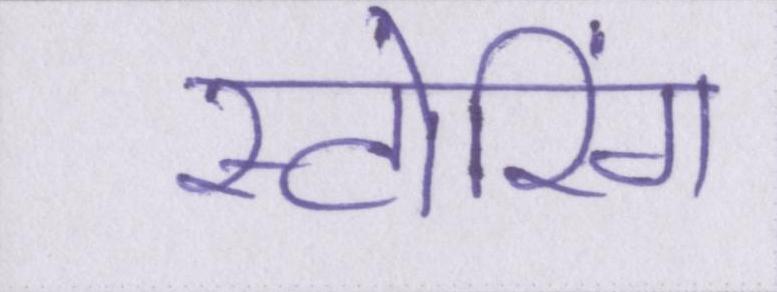
स्टोरिंग